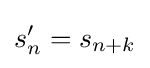
s'_{n}=s_{n+k}